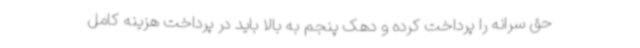
حق سرانه را پرداخت کرده و دهک پنجم به بالا باید در پرداخت هزینه کامل